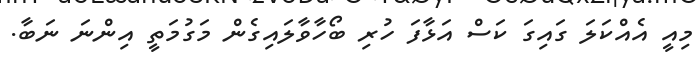
މިއީ އެއްކަލަ ގައިގަ ކަސް އަޅާފަ ހުރި ބޯހާވާލައިގެން މަގުމަތީ އިންނަ ނަބާ.